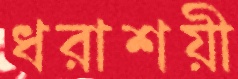
ধরাশয়ী